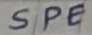
Text: SPE